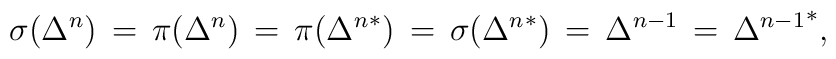
\sigma(\Delta ^n)  \,=\, \pi (\Delta^n)   \,=\,\pi({\Delta^n}^*)\,=\,  \sigma ({\Delta^n}^*)\,=\,{\Delta}^{n-1}\,=\,{{\Delta}^{n-1}}^*,